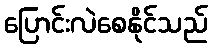
ပြောင်းလဲစေနိုင်သည်